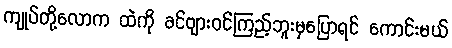
ကျုပ်တို့လောက ထဲကို ခင်ဗျားဝင်ကြည့်ဘူးမှပြောရင် ကောင်းမယ်